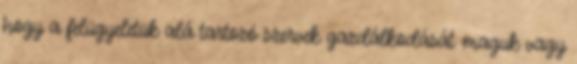
hogy a felügyeletük alá tartozó szervek gazdálkodását maguk vagy